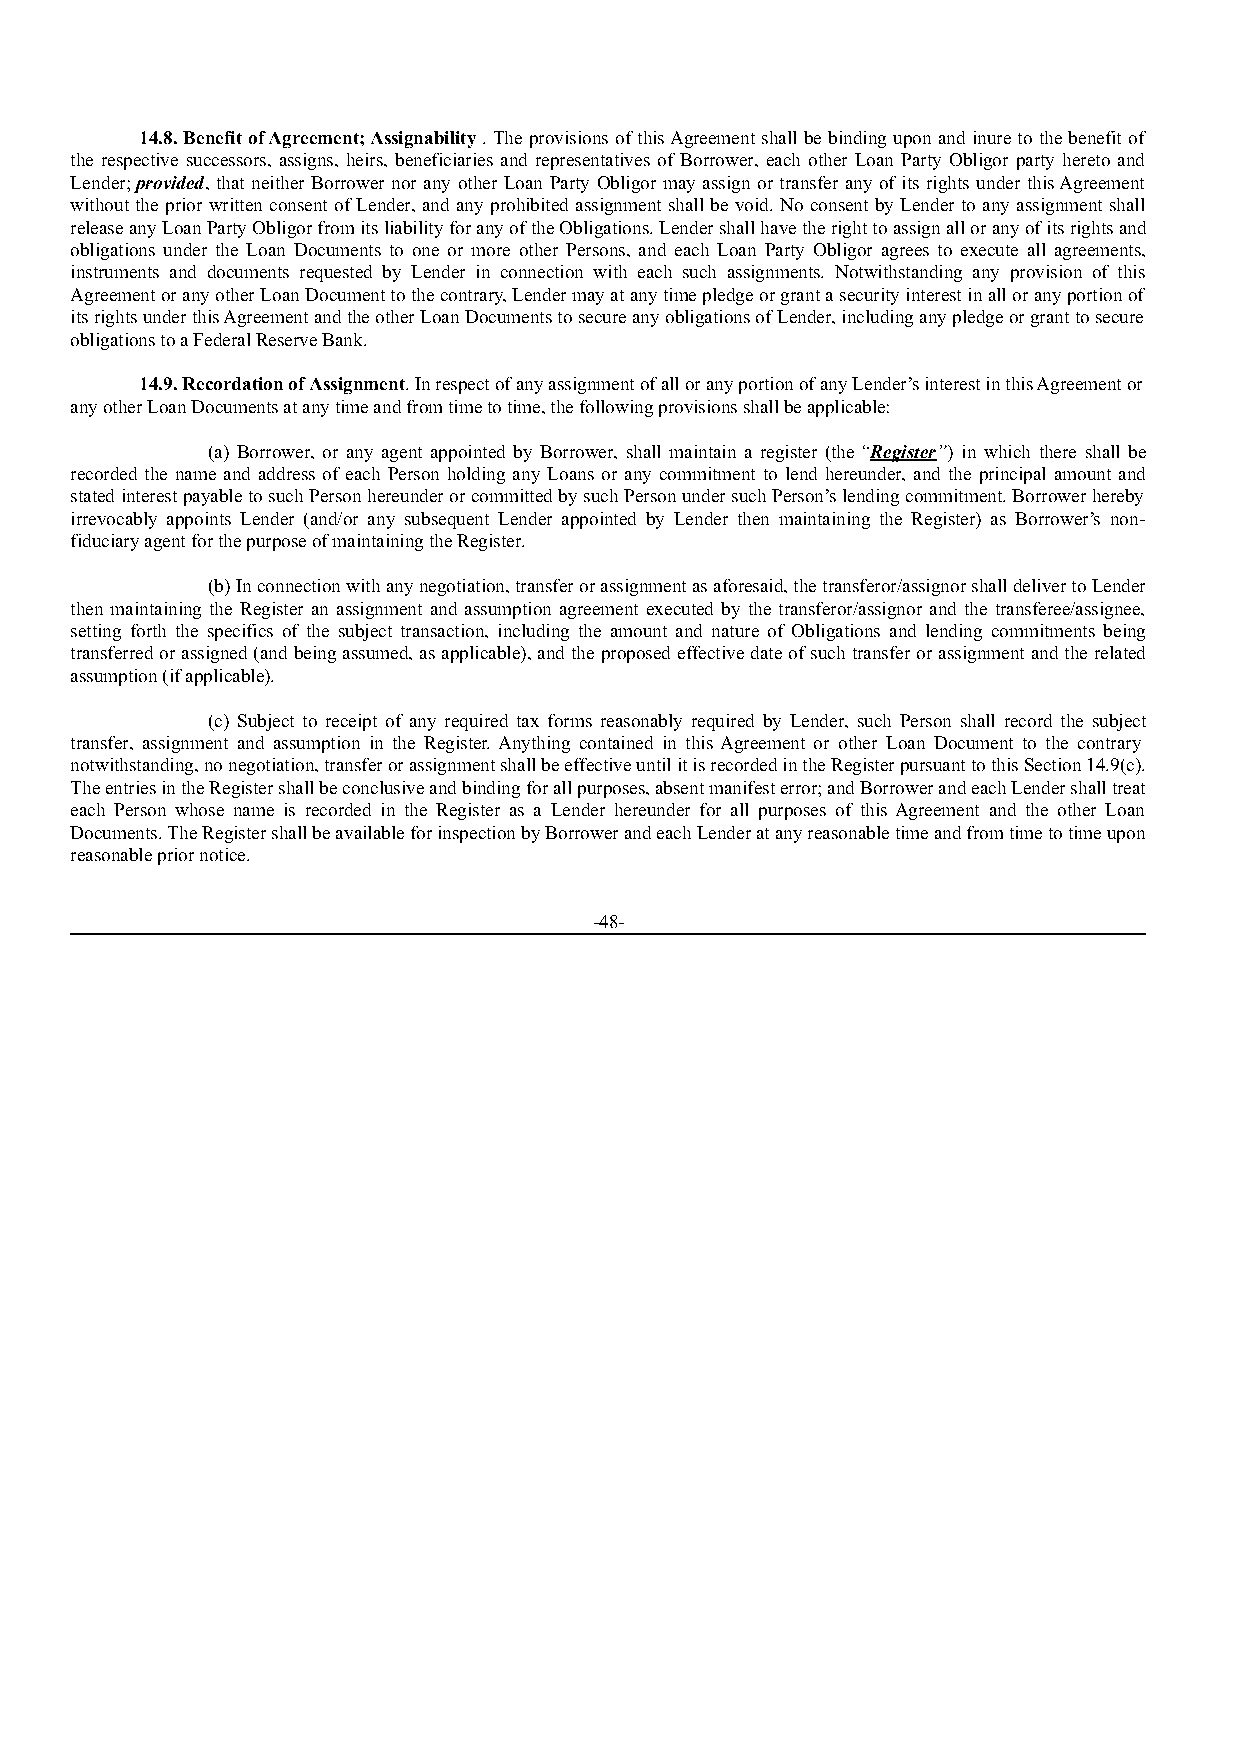
14.8. Benefit of Agreement; Assignability. The provisions of this Agreement shall be binding upon and inure to the benefit of
 the respective successors, assigns, heirs, beneficiaries and representatives of Borrower, each other Loan Party Obligor party hereto and
 Lender; provided, that neither Borrower nor any other Loan Party Obligor may assign or transfer any of its rights under this Agreement
 without the prior written consent of Lender, and any prohibited assignment shall be void. No consent by Lender to any assignment shall
 release any Loan Party Obligor from its liability for any of the Obligations. Lender shall have the right to assign all or any of its rights and
 obligations under the Loan Documents to one or more other Persons, and each Loan Party Obligor agrees to execute all agreements,
 instruments and documents requested by Lender in connection with each such assignments. Notwithstanding any provision of this
 Agreement or any other Loan Document to the contrary, Lender may at any time pledge or grant a security interest in all or any portion of
 its rights under this Agreement and the other Loan Documents to secure any obligations of Lender, including any pledge or grant to secure
 obligations to a Federal Reserve Bank.
 14.9. Recordation of Assignment. In respect of any assignment of all or any portion of any Lender’s interest in this Agreement or
 any other Loan Documents at any time and from time to time, the following provisions shall be applicable:
 (a) Borrower, or any agent appointed by Borrower, shall maintain a register (the “Register”) in which there shall be
 recorded the name and address of each Person holding any Loans or any commitment to lend hereunder, and the principal amount and
 stated interest payable to such Person hereunder or committed by such Person under such Person’s lending commitment. Borrower hereby
 irrevocably appoints Lender (and/or any subsequent Lender appointed by Lender then maintaining the Register) as Borrower’s non-
 fiduciary agent for the purpose of maintaining the Register.
 (b) In connection with any negotiation, transfer or assignment as aforesaid, the transferor/assignor shall deliver to Lender
 then maintaining the Register an assignment and assumption agreement executed by the transferor/assignor and the transferee/assignee,
 setting forth the specifics of the subject transaction, including the amount and nature of Obligations and lending commitments being
 transferred or assigned (and being assumed, as applicable), and the proposed effective date of such transfer or assignment and the related
 assumption (if applicable).
 (c) Subject to receipt of any required tax forms reasonably required by Lender, such Person shall record the subject
 transfer, assignment and assumption in the Register. Anything contained in this Agreement or other Loan Document to the contrary
 notwithstanding, no negotiation, transfer or assignment shall be effective until it is recorded in the Register pursuant to this Section 14.9(c).
 The entries in the Register shall be conclusive and binding for all purposes, absent manifest error; and Borrower and each Lender shall treat
 each Person whose name is recorded in the Register as a Lender hereunder for all purposes of this Agreement and the other Loan
 Documents. The Register shall be available for inspection by Borrower and each Lender at any reasonable time and from time to time upon
 reasonable prior notice.
 -48-